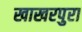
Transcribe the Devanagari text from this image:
खाखरपुरा